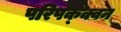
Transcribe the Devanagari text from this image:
परिपक्क्वन